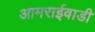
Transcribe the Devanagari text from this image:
आमराईवाडी